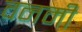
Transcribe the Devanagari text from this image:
वनमीं